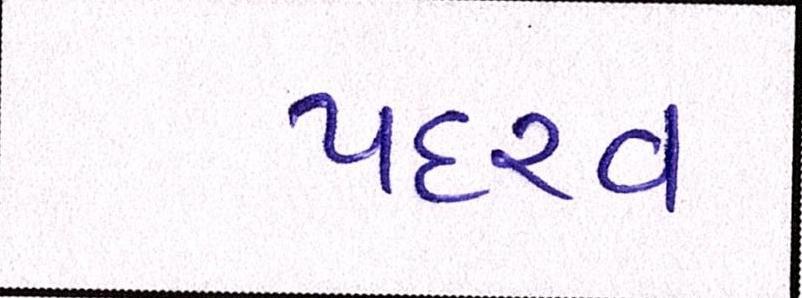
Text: પદરવ